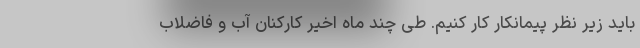
باید زیر نظر پیمانکار کار کنیم. طی چند ماه اخیر کارکنان آب و فاضلاب